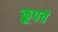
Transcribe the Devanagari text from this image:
क्रूपचे